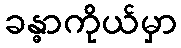
ခန္ဓာကိုယ်မှာ